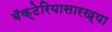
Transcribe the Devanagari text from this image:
बॅक्टेरियासारख्या